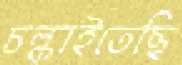
চল্‌কাইতেছি